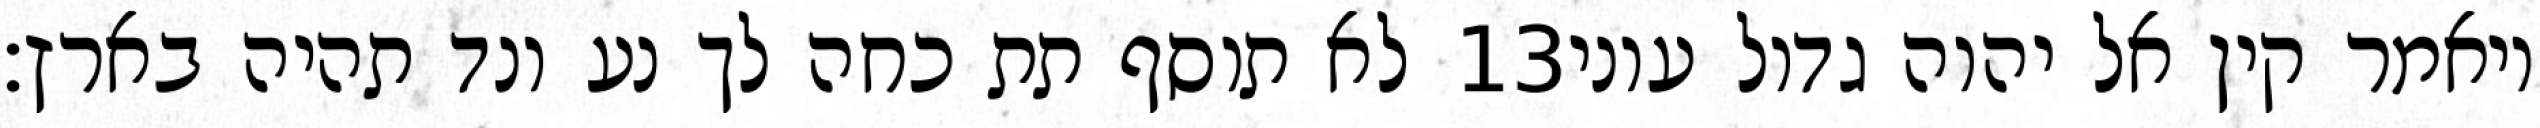
לא תוסף תת כחה לך נע ונד תהיה בארץ׃ ‎13‏ ויאמר קין אל יהוה גדול עוני